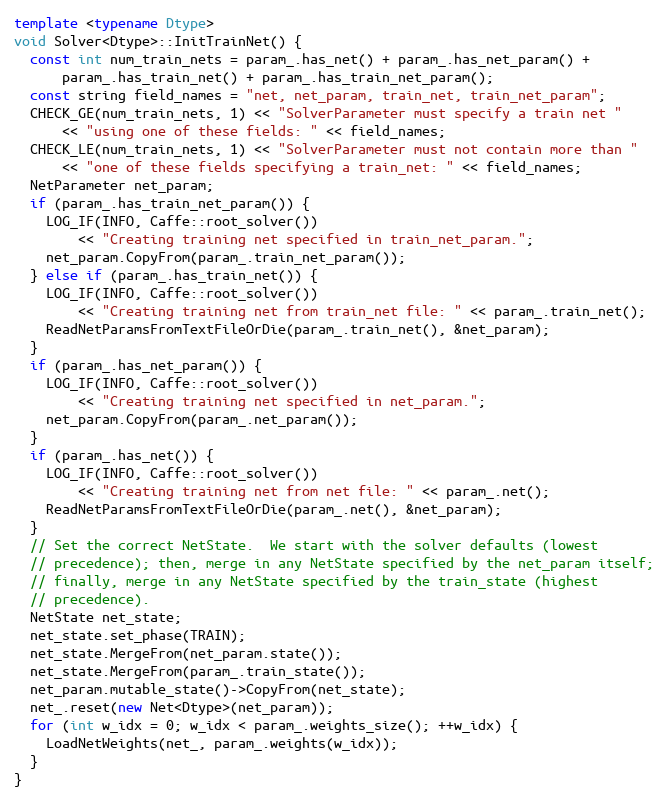
Language: C++
template <typename Dtype>
void Solver<Dtype>::InitTrainNet() {
  const int num_train_nets = param_.has_net() + param_.has_net_param() +
      param_.has_train_net() + param_.has_train_net_param();
  const string field_names = "net, net_param, train_net, train_net_param";
  CHECK_GE(num_train_nets, 1) << "SolverParameter must specify a train net "
      << "using one of these fields: " << field_names;
  CHECK_LE(num_train_nets, 1) << "SolverParameter must not contain more than "
      << "one of these fields specifying a train_net: " << field_names;
  NetParameter net_param;
  if (param_.has_train_net_param()) {
    LOG_IF(INFO, Caffe::root_solver())
        << "Creating training net specified in train_net_param.";
    net_param.CopyFrom(param_.train_net_param());
  } else if (param_.has_train_net()) {
    LOG_IF(INFO, Caffe::root_solver())
        << "Creating training net from train_net file: " << param_.train_net();
    ReadNetParamsFromTextFileOrDie(param_.train_net(), &net_param);
  }
  if (param_.has_net_param()) {
    LOG_IF(INFO, Caffe::root_solver())
        << "Creating training net specified in net_param.";
    net_param.CopyFrom(param_.net_param());
  }
  if (param_.has_net()) {
    LOG_IF(INFO, Caffe::root_solver())
        << "Creating training net from net file: " << param_.net();
    ReadNetParamsFromTextFileOrDie(param_.net(), &net_param);
  }
  // Set the correct NetState.  We start with the solver defaults (lowest
  // precedence); then, merge in any NetState specified by the net_param itself;
  // finally, merge in any NetState specified by the train_state (highest
  // precedence).
  NetState net_state;
  net_state.set_phase(TRAIN);
  net_state.MergeFrom(net_param.state());
  net_state.MergeFrom(param_.train_state());
  net_param.mutable_state()->CopyFrom(net_state);
  net_.reset(new Net<Dtype>(net_param));
  for (int w_idx = 0; w_idx < param_.weights_size(); ++w_idx) {
    LoadNetWeights(net_, param_.weights(w_idx));
  }
}